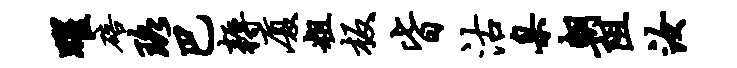
曜碚珞巴耨厦粗板皆沽臬朝阻汝